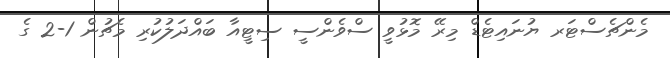
މެންޗެސްޓަރ ޔުނައިޓެޑް މިރޭ މޮޅުވީ ސްވެންސީ ސިޓީއާ ބައްދަލުކުރި މެޗުން 1-2 ގެ